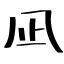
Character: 凪